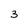
Character: 3